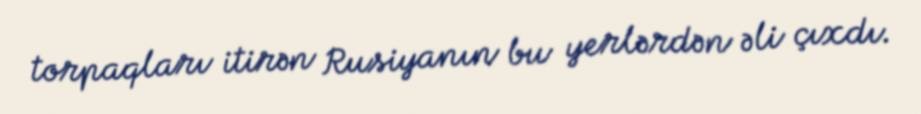
torpaqları itirən Rusiyanın bu yerlərdən əli çıxdı.